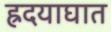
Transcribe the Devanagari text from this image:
ह्रदयाघात